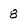
Character: 8